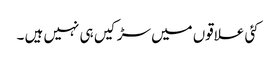
کئی علاقوں میں سڑکیں ہی نہیں ہیں ۔